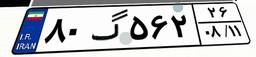
۸۰گ۵۶۲۲۶